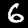
Label: 6